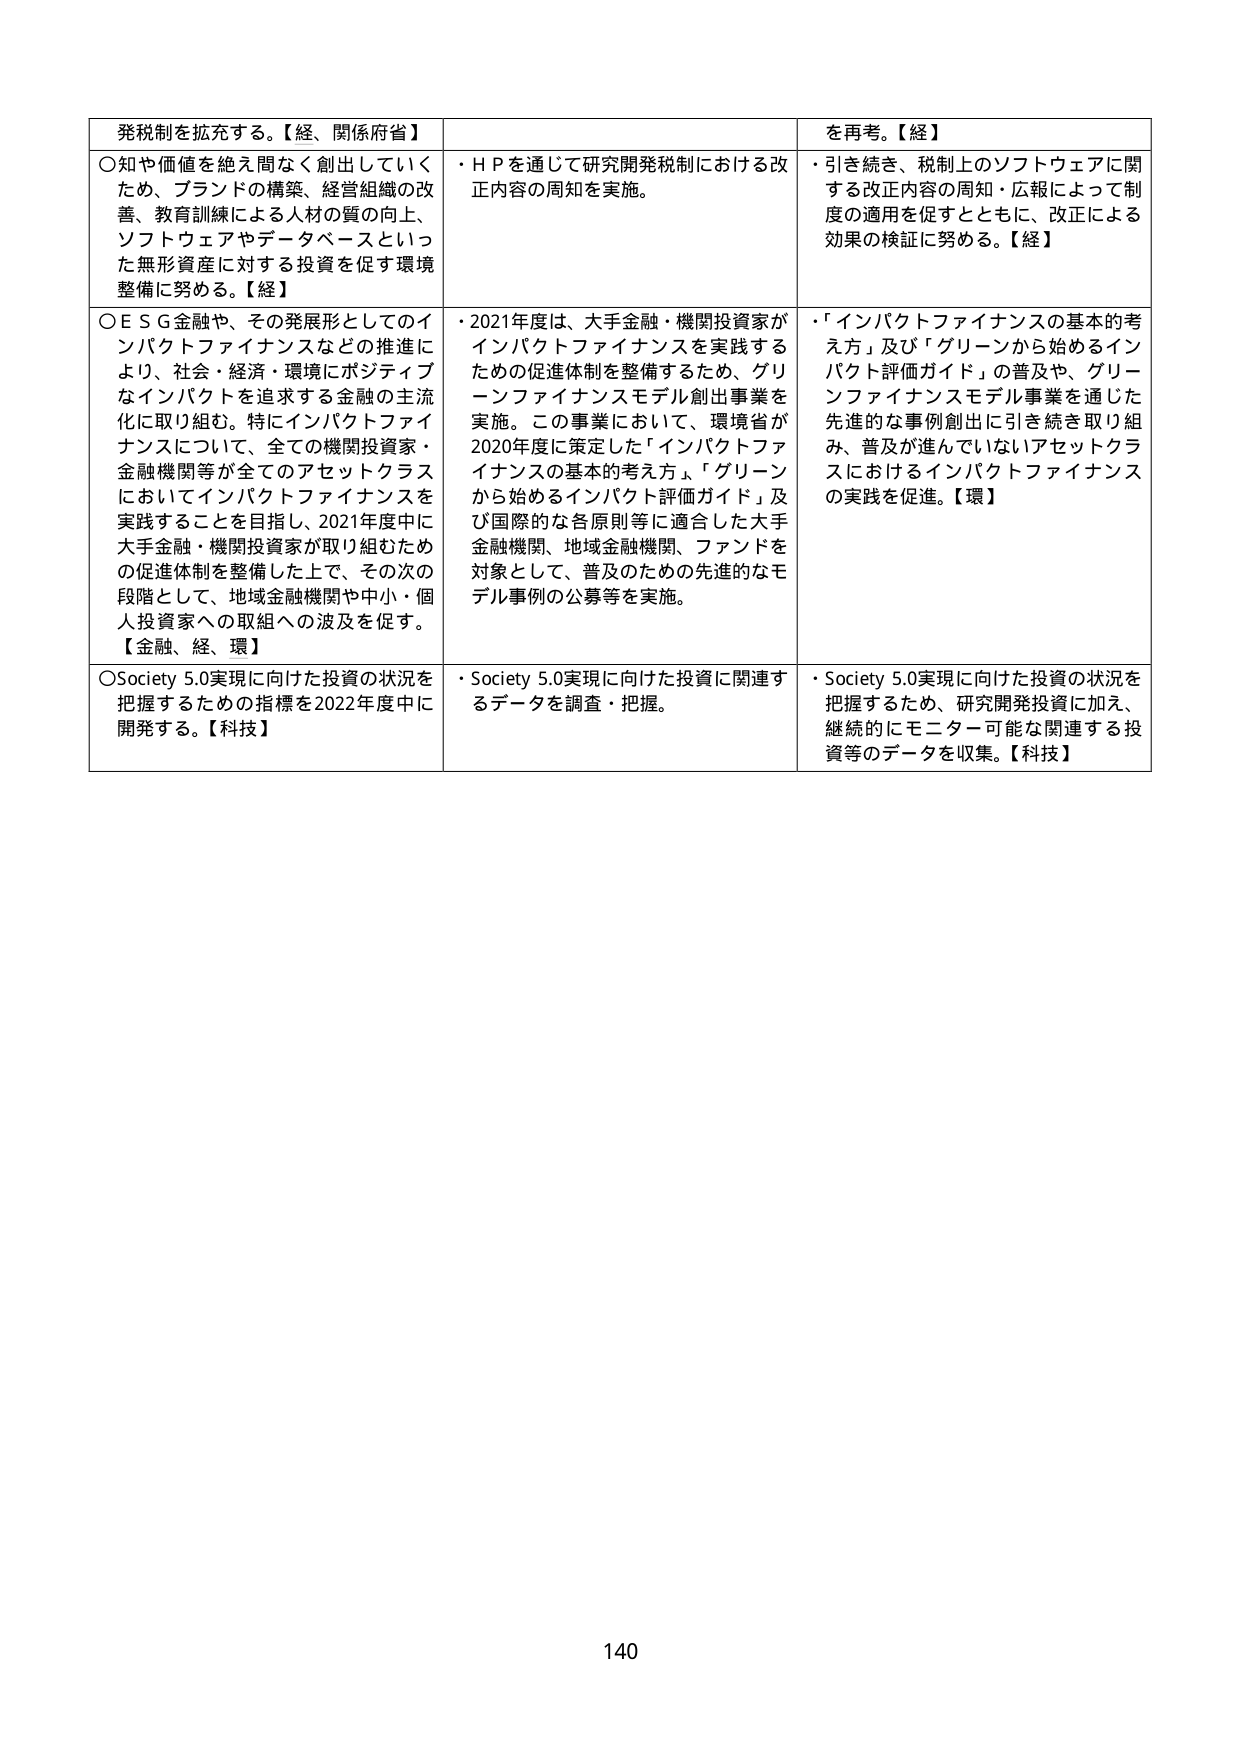
発税制を拡充する。【経、関係府省】
○知や価値を絶え間なく創出していくため、ブランドの構築、経営組織の改善、教育訓練による人材の質の向上、ソフトウェアやデータベースといった無形資産に対する投資を促す環境整備に努める。【経】
○ＥＳＧ金融や、その発展形としてのインパクトファイナンスなどの推進により、社会・経済・環境にポジティブなインパクトを追求する金融の主流化に取り組む。特にインパクトファイナンスについて、全ての機関投資家・金融機関等が全てのアセットクラスにおいてインパクトファイナンスを実践することを目指し、2021年度中に大手金融・機関投資家が取り組むための促進体制を整備した上で、その次の段階として、地域金融機関や中小・個人投資家への取組への波及を促す。【金融、経、環】
○Society 5.0実現に向けた投資の状況を把握するための指標を2022年度中に開発する。【科技】
・ＨＰを通じて研究開発税制における改正内容の周知を実施。
・2021年度は、大手金融・機関投資家がインパクトファイナンスを実践するための促進体制を整備するため、グリーンファイナンスモデル創出事業を実施。この事業において、環境省が2020年度に策定した「インパクトファイナンスの基本的考え方」、「グリーンから始めるインパクト評価ガイド」及び国際的な各原則等に適合した大手金融機関、地域金融機関、ファンドを対象として、普及のための先進的なモデル事例の公募等を実施。
・Society 5.0実現に向けた投資に関連するデータを調査・把握。
を再考。【経】
・引き続き、税制上のソフトウェアに関する改正内容の周知・広報によって制度の適用を促すとともに、改正による効果の検証に努める。【経】
・「インパクトファイナンスの基本的考え方」及び「グリーンから始めるインパクト評価ガイド」の普及や、グリーンファイナンスモデル事業を通じた先進的な事例創出に引き続き取り組み、普及が進んでいないアセットクラスにおけるインパクトファイナンスの実践を促進。【環】
・Society 5.0実現に向けた投資の状況を把握するため、研究開発投資に加え、継続的にモニター可能な関連する投資等のデータを収集。【科技】
140